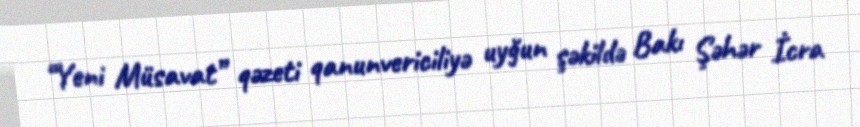
“Yeni Müsavat” qəzeti qanunvericiliyə uyğun şəkildə Bakı Şəhər İcra